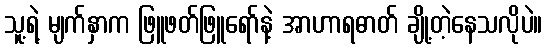
သူ့ရဲ့ မျက်နှာက ဖြူဖတ်ဖြူရော်နဲ့ အာဟာရဓာတ် ချို့တဲ့နေသလိုပဲ။